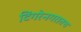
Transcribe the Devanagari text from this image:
टिंगरेनगरातच